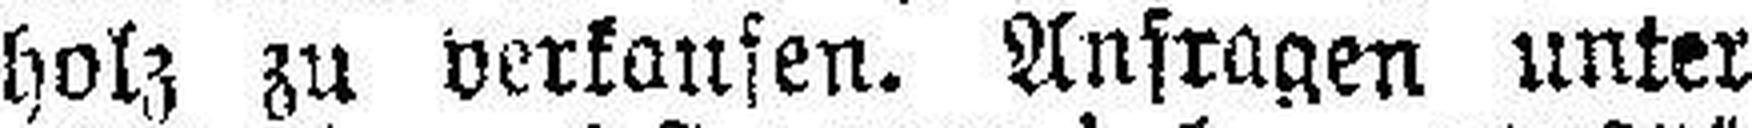
bolz zu verkaufen. Anfragen unter